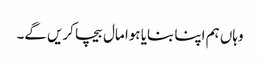
وہاں ہم اپنا بنایا ہوا مال بیچا کریں گے۔